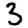
Digit: 3